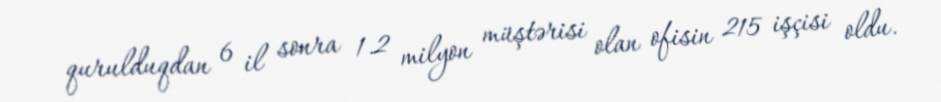
qurulduqdan 6 il sonra 1.2 milyon müştərisi olan ofisin 215 işçisi oldu.